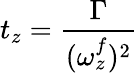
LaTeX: t_{z}=\frac{\Gamma}{(\omega_{z}^{f})^{2}}